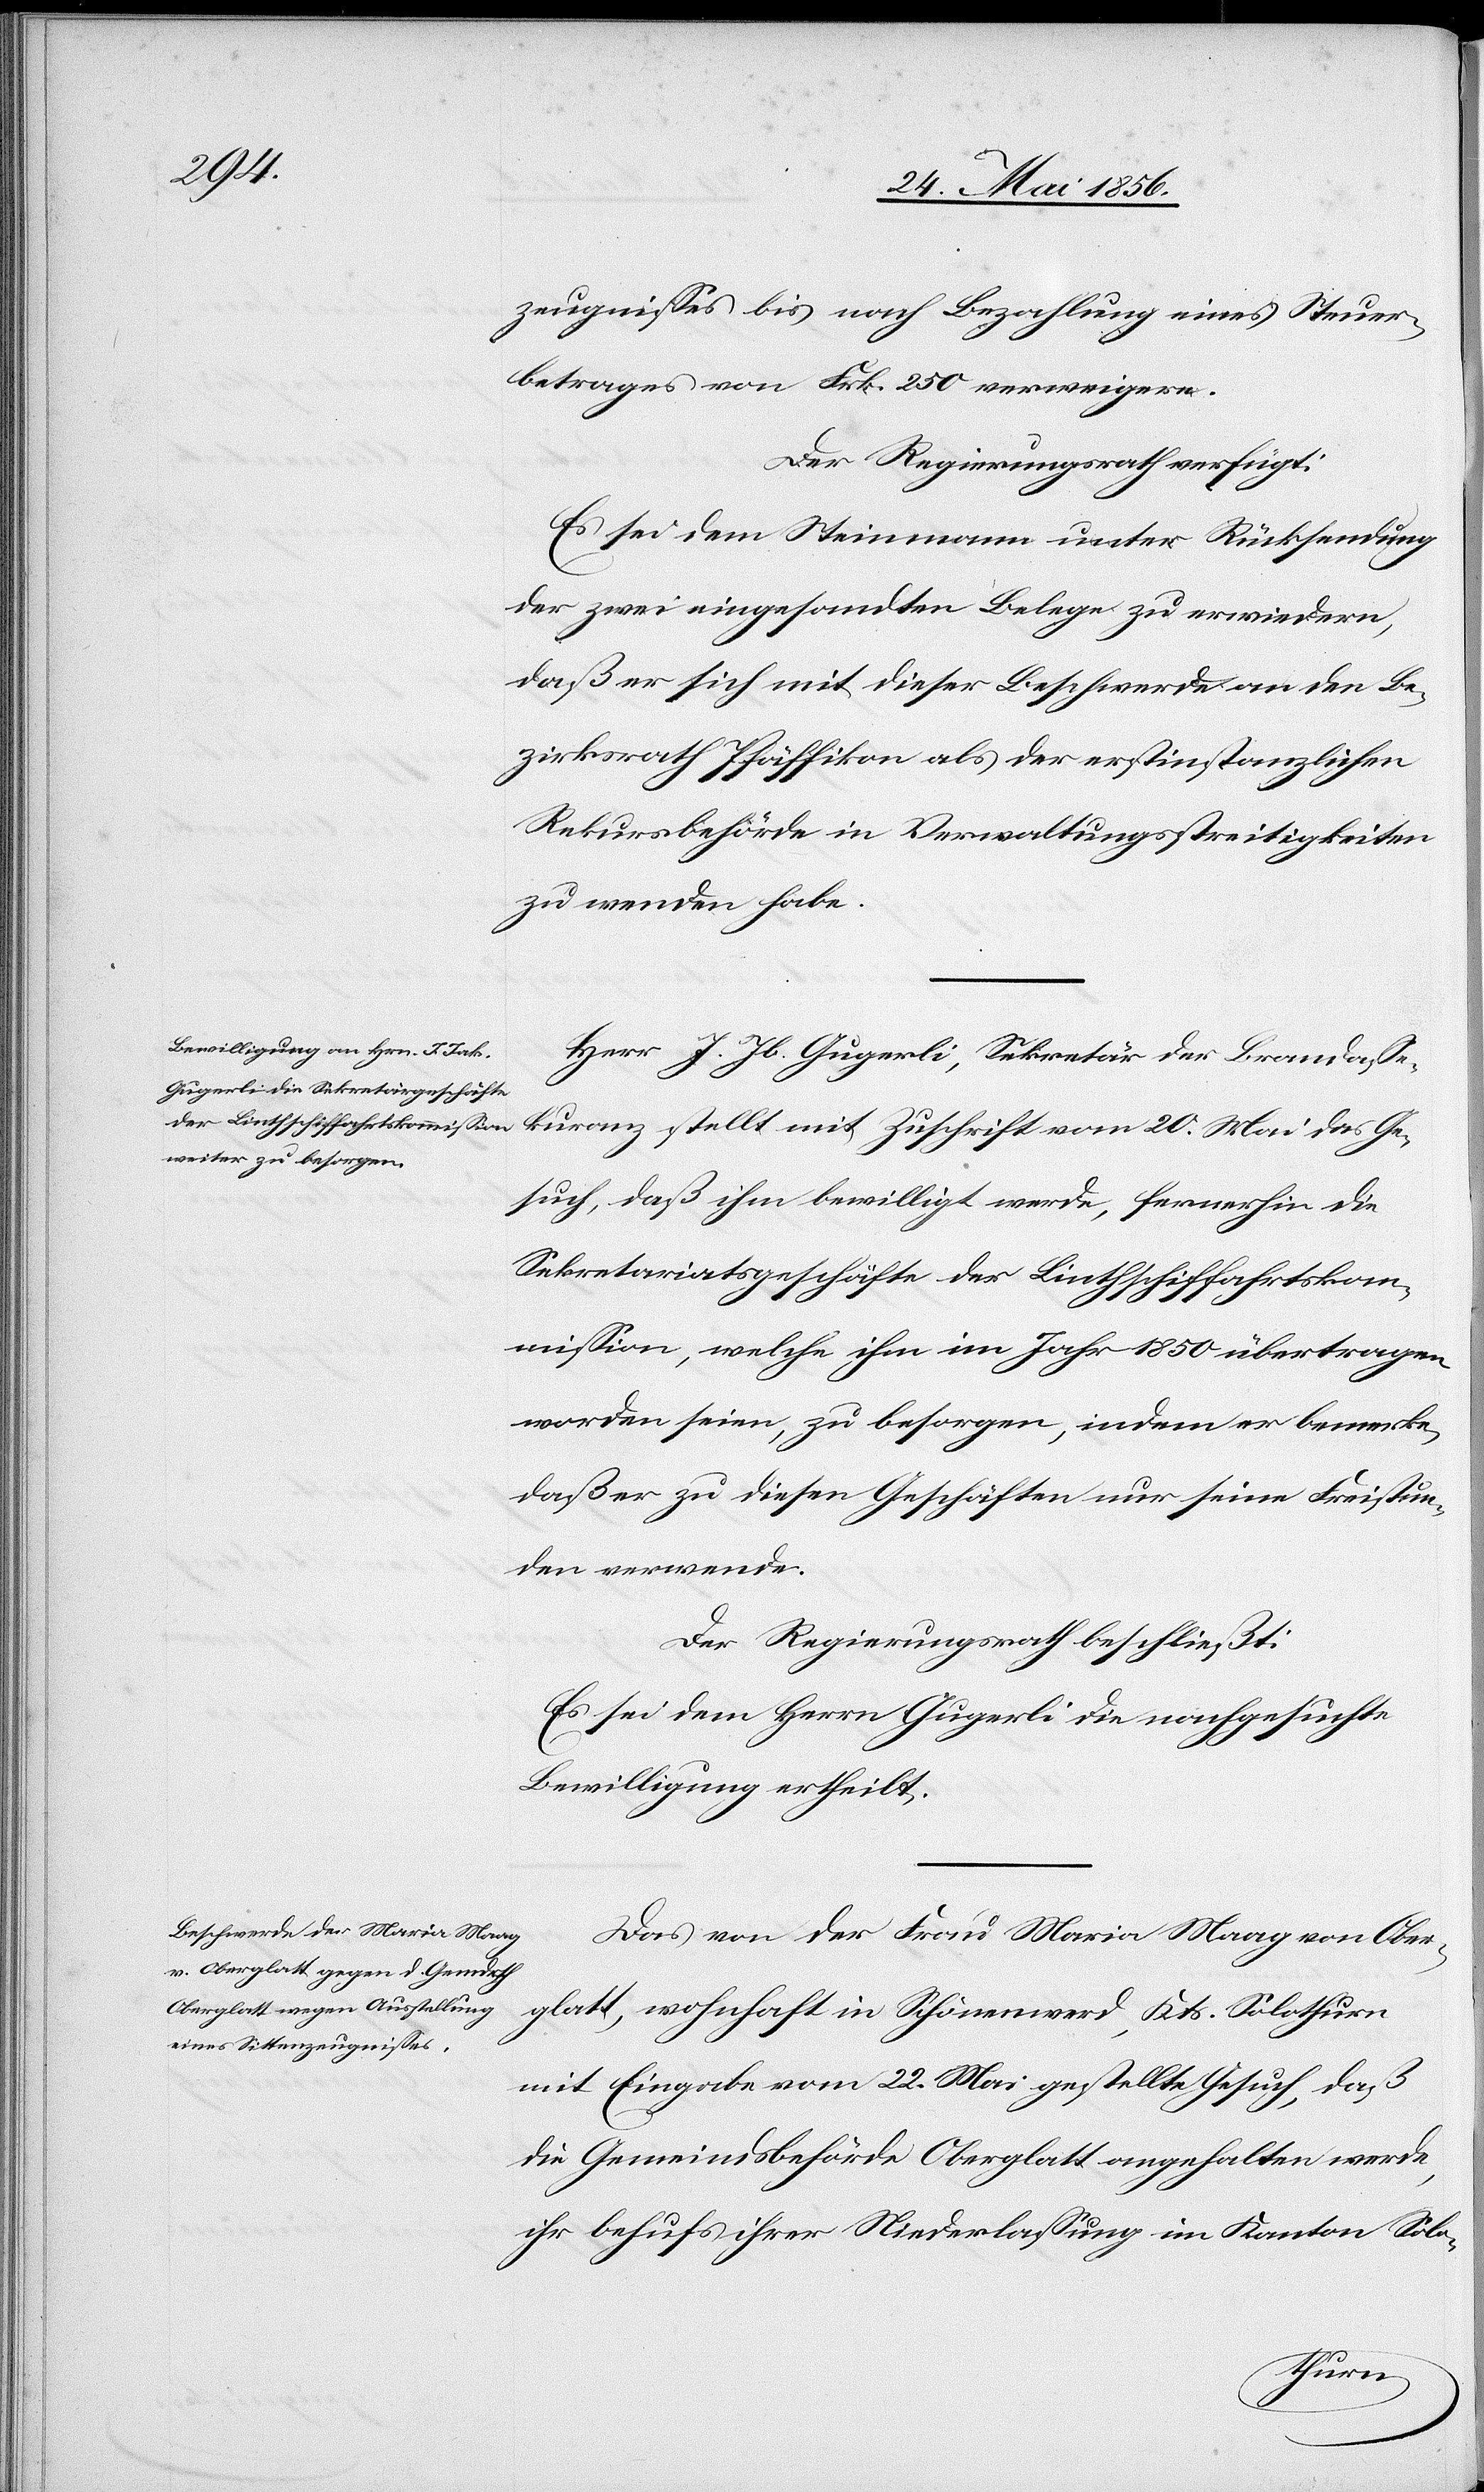
zeugnisses bis nach Bezahlung eines Steuer¬
betrages von Frk. 250 verweigere.
Der Regierungsrath verfügt:
Es sei dem Steinmann unter Rücksendung
der zwei eingesandten Belege zu erwiedern,
daß er sich mit dieser Beschwerde an den Be¬
zirksrath Pfäffikon als der erstinstanzlichen
Rekursbehörde in Verwaltungsstreitigkeiten
zu wenden habe.
Herr J. Jb. Gugerli, Sekretär der Brandasse¬
kuranz stellt mit Zuschrift vom 20. Mai das Ge¬
such, daß ihm bewilligt werde, fernerhin die
Sekretariatsgeschäfte der Linthschiffahrtskom¬
mission, welche ihm im Jahr 1850 übertragen
worden seien, zu besorgen, indem er bemerke,
daß er zu diesen Geschäften nur seine Freistun¬
den verwende.
Der Regierungsrath beschließt:
Es sei dem Herrn Gugerli die nachgesuchte
Bewilligung ertheilt.
Das von der Frau Maria Maag von Ober¬
glatt, wohnhaft in Schönenwerd, Kts. Solothurn
mit Eingabe vom 22. Mai gestellt Gesuch, daß
die Gemeindsbehörde Oberglatt angehalten werde,
ihr behufs ihrer Niederlassung im Kanton Solo-